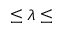
\leq \lambda \leq